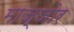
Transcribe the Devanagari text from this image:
माज्जोर